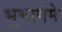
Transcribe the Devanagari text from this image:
भूभागमे